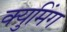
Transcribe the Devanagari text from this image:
क्युमिंग